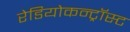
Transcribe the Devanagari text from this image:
रेडियोकन्ट्रॉस्ट